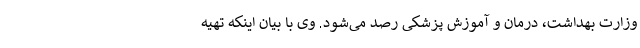
وزارت بهداشت، درمان و آموزش پزشکی رصد می‌شود. وی با بیان اینکه تهیه